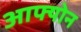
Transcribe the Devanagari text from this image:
आफ्योन